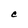
Character: e